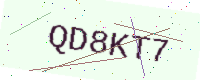
Text: QD8KT7